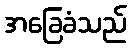
အခြေခံသည်